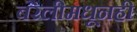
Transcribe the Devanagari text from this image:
बरेलीमधूनही